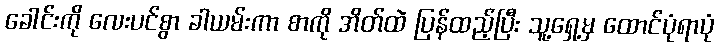
ခေါင်းကို လေးပင်စွာ ခါယမ်းကာ စာကို အိတ်ထဲ ပြန်ထည့်ပြီး သူ့ရှေ့မှ ထောင်ပုံရာပုံ